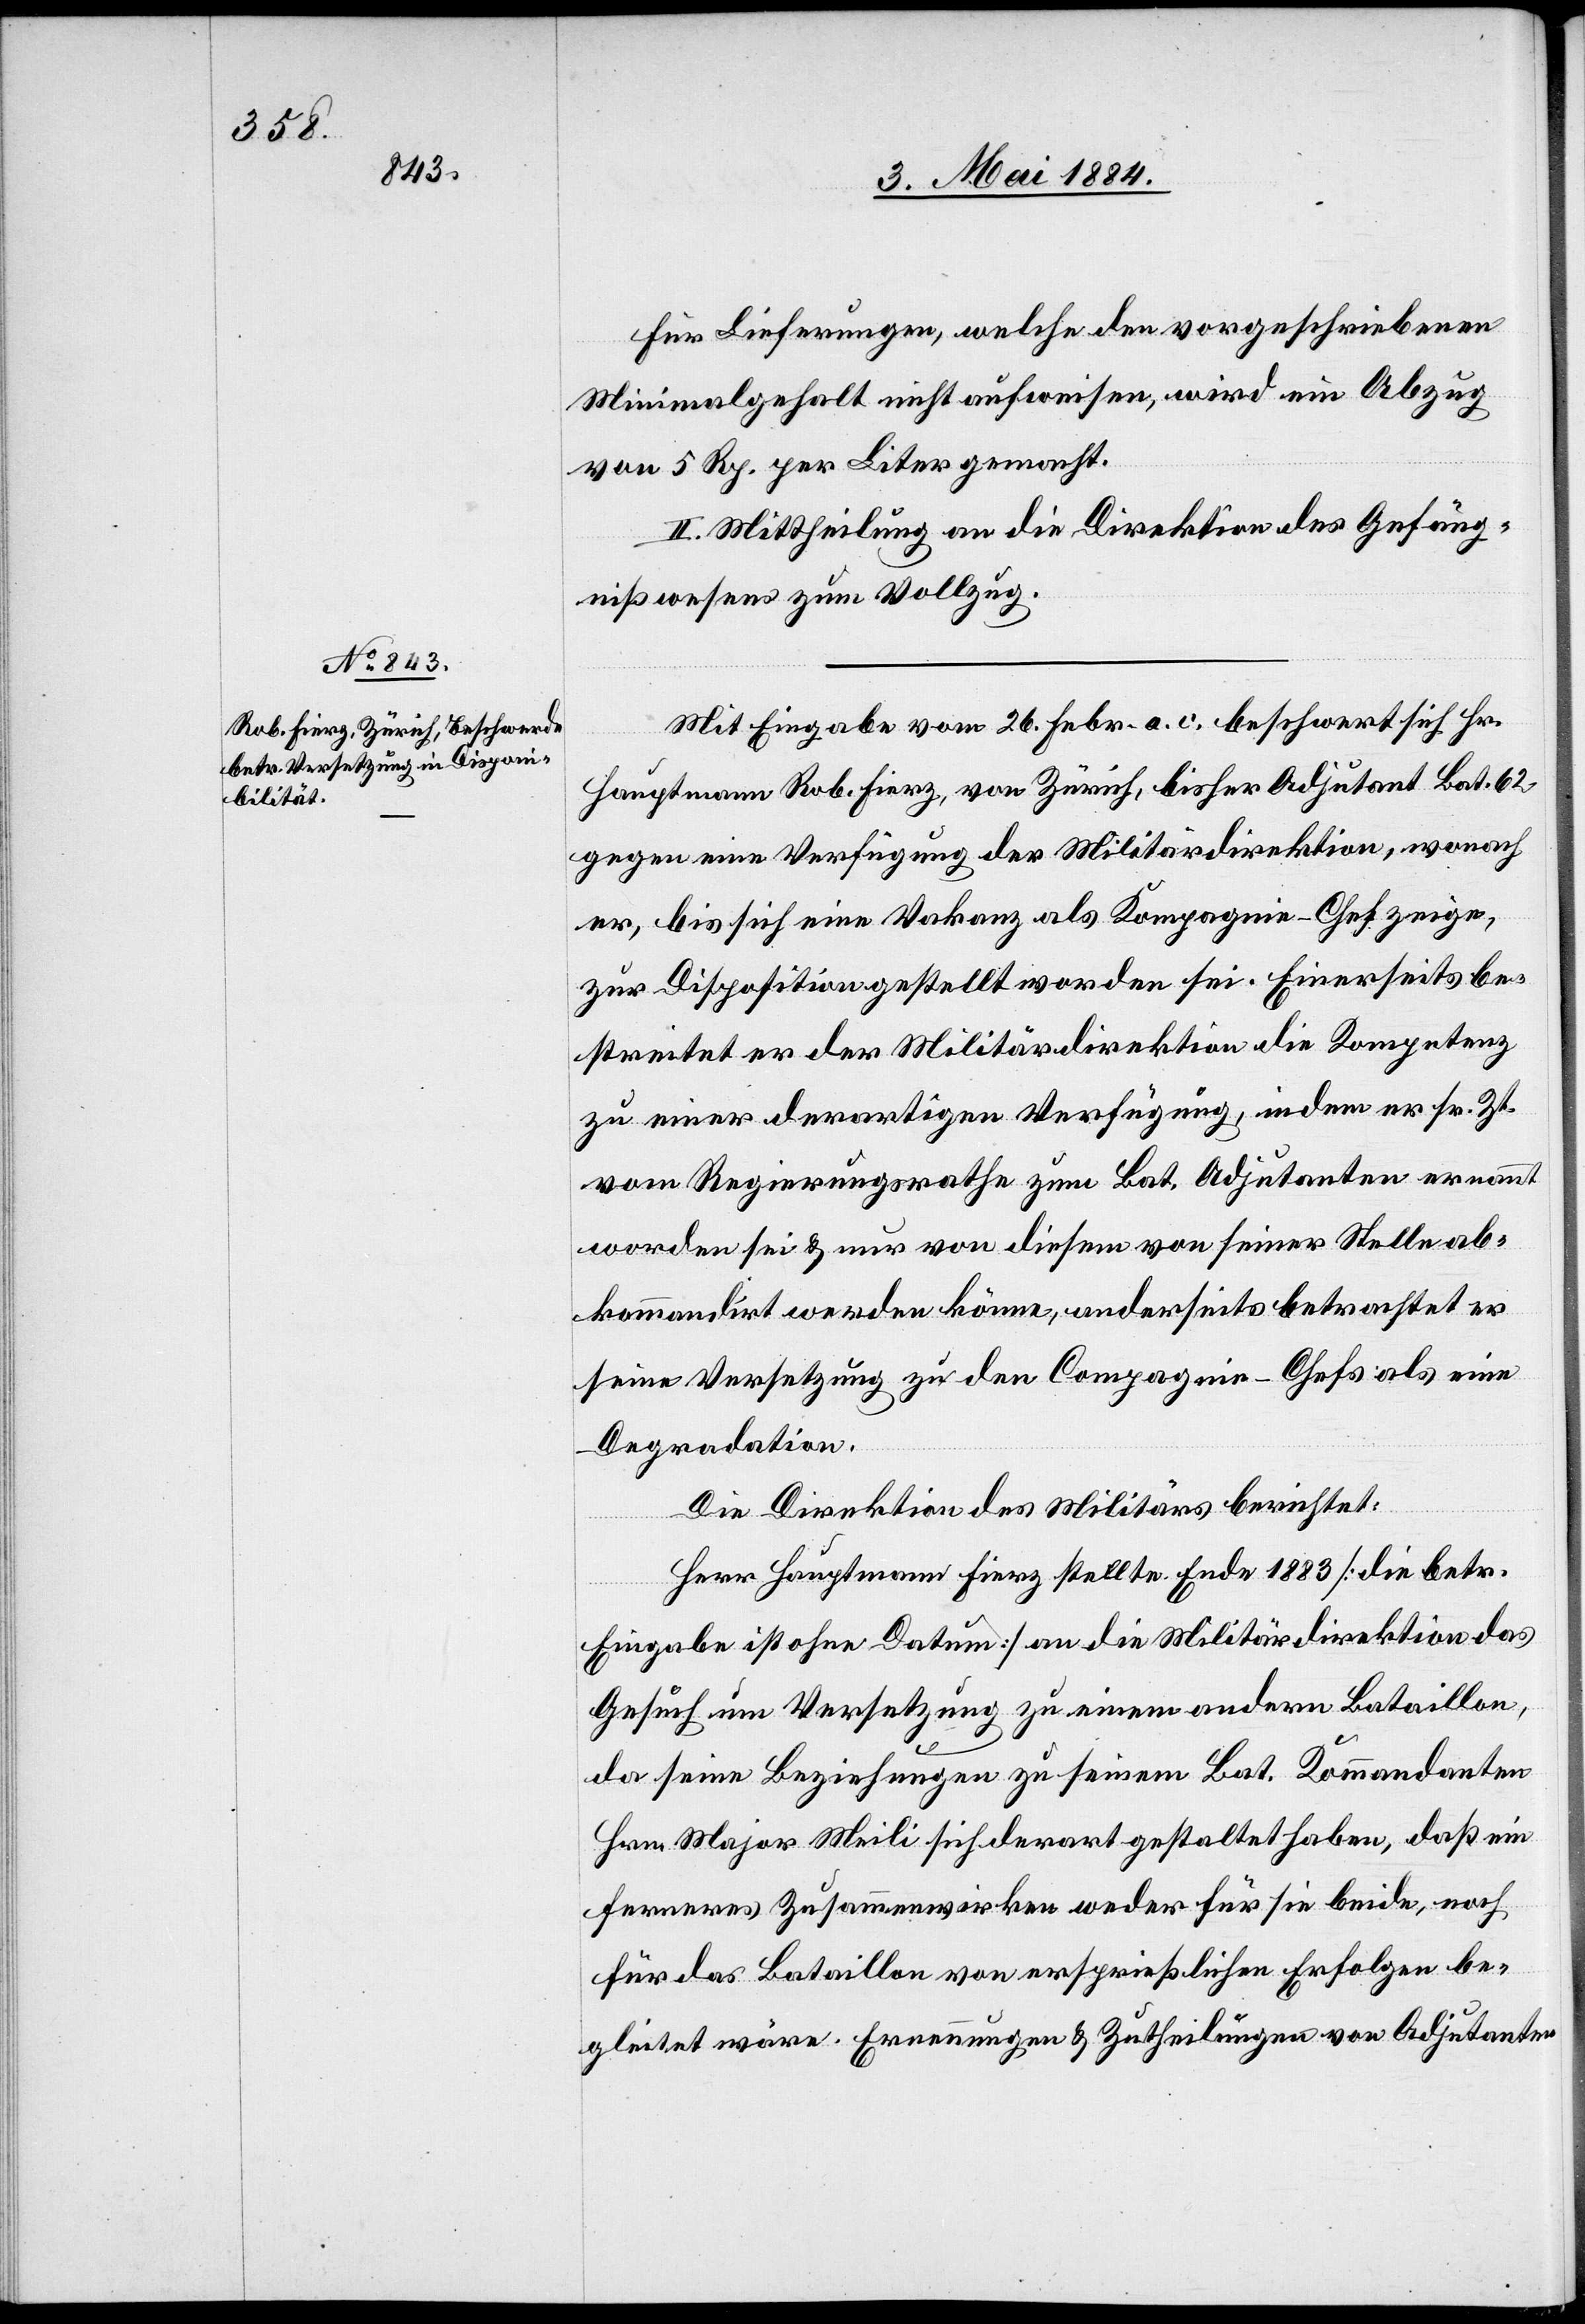
Für Lieferungen, welche den vorgeschriebenen
Minimalgehalt nicht aufweisen, wird ein Abzug
von 5 Rp. per Liter gemacht.
II. Mittheilung an die Direktion des Gefäng¬
nißwesens zum Vollzug.
Mit Eingabe vom 26. Febr. a. c. beschwert sich Hr.
Hauptmann Rob. Fierz, von Zürich, bisher Adjutant Bat. 62
gegen eine Verfügung der Militärdirektion, wonach
er, bis sich eine Vakanz als Kompagnie-Chef zeige,
zur Disposition gestellt worden sei. Einerseits be¬
streitet er der Militärdirektion die Kompetenz
zu einer derartigen Verfügung, indem er sr. Zt.
vom Regierungsrathe zum Bat. Adjutanten erkannt
worden sei & nur von diesem von seiner Stelle ab¬
kommandirt werden könne, anderseits bestreitet er
seine Versetzung zu den Compagnie-Chefs als eine
Degradation.
Die Direktion des Militärs berichtet:
Herr Hauptmann Fierz stellte Ende 1883 [die betr.
Eingabe ist ohne Datum] an die Militärdirektion das
Gesuch um Versetzung zu einem andern Bataillon,
da seine Beziehungen zu seinem Bat. Kommandanten
Hrn. Major Meili sich derart gestaltet haben, daß ein
ferneres Zusammenwirken weder für sie beide, noch
für das Bataillon von ersprießlichen Erfolgen be¬
gleitet wäre. Erneuerungen & Zutheilungen von Adjutanten